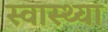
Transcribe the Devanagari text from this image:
स्‍वास्‍थ्‍या